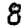
Digit: 8